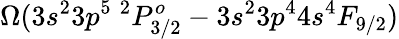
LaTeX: \Omega(3s^{2}3p^{5}~^{2}P_{3/2}^{o}-3s^{2}3p^{4}4s^{4}F_{9/2})